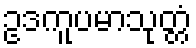
ဥဒကူပမာသုတ္တံ